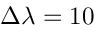
\Delta \lambda = 1 0